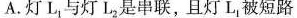
A.灯L_{1}与灯L_{2}是串联，且灯L_{1}被短路